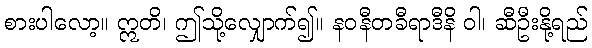
စားပါလော့။ ဣတိ၊ ဤသို့လျှောက်၍။ နဝနီတခီရာဒီနိ ဝါ၊ ဆီဦးနို့ရည်